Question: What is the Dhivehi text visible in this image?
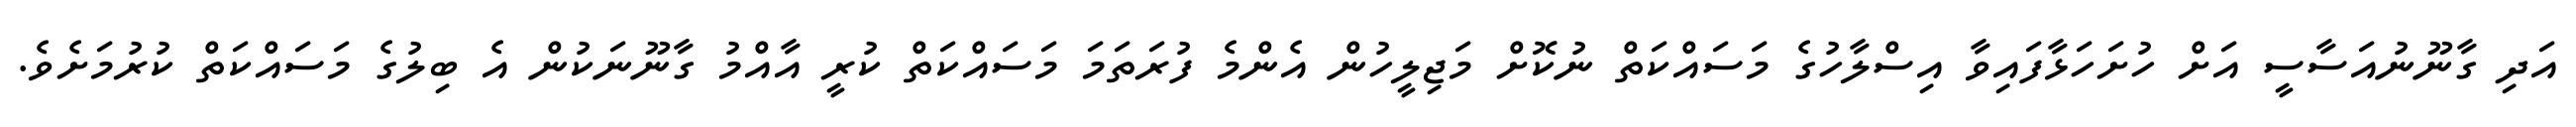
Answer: އަދި ގާނޫނުއަސާސީ އަށް ހުށަހަޅާފައިވާ އިސްލާހުގެ މަސައްކަތް ނުކޮށް މަޖިލީހުން އެންމެ ފުރަތަމަ މަސައްކަތް ކުރީ އާއްމު ގާނޫނަކުން އެ ބިލުގެ މަސައްކަތް ކުރުމަށެވެ.